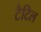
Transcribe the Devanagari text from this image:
टैटिल